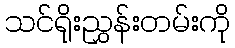
သင်ရိုးညွှန်းတမ်းကို